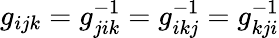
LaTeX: g_{ijk}=g_{jik}^{-1}=g_{ikj}^{-1}=g_{kji}^{-1}